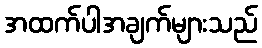
အထက်ပါအချက်များသည်